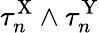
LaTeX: \tau_{n}^{\mathrm{X}}\wedge\tau_{n}^{\mathrm{Y}}